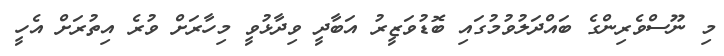
މި ނޫސްވެރިންގެ ބައްދަލުވުމުގައި ބޮޑުވަޒީރު އަބާދީ ވިދާޅުވީ މިހާރަށް ވުރެ އިތުރަށް އެހީ